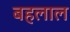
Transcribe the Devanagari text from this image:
बहलाल